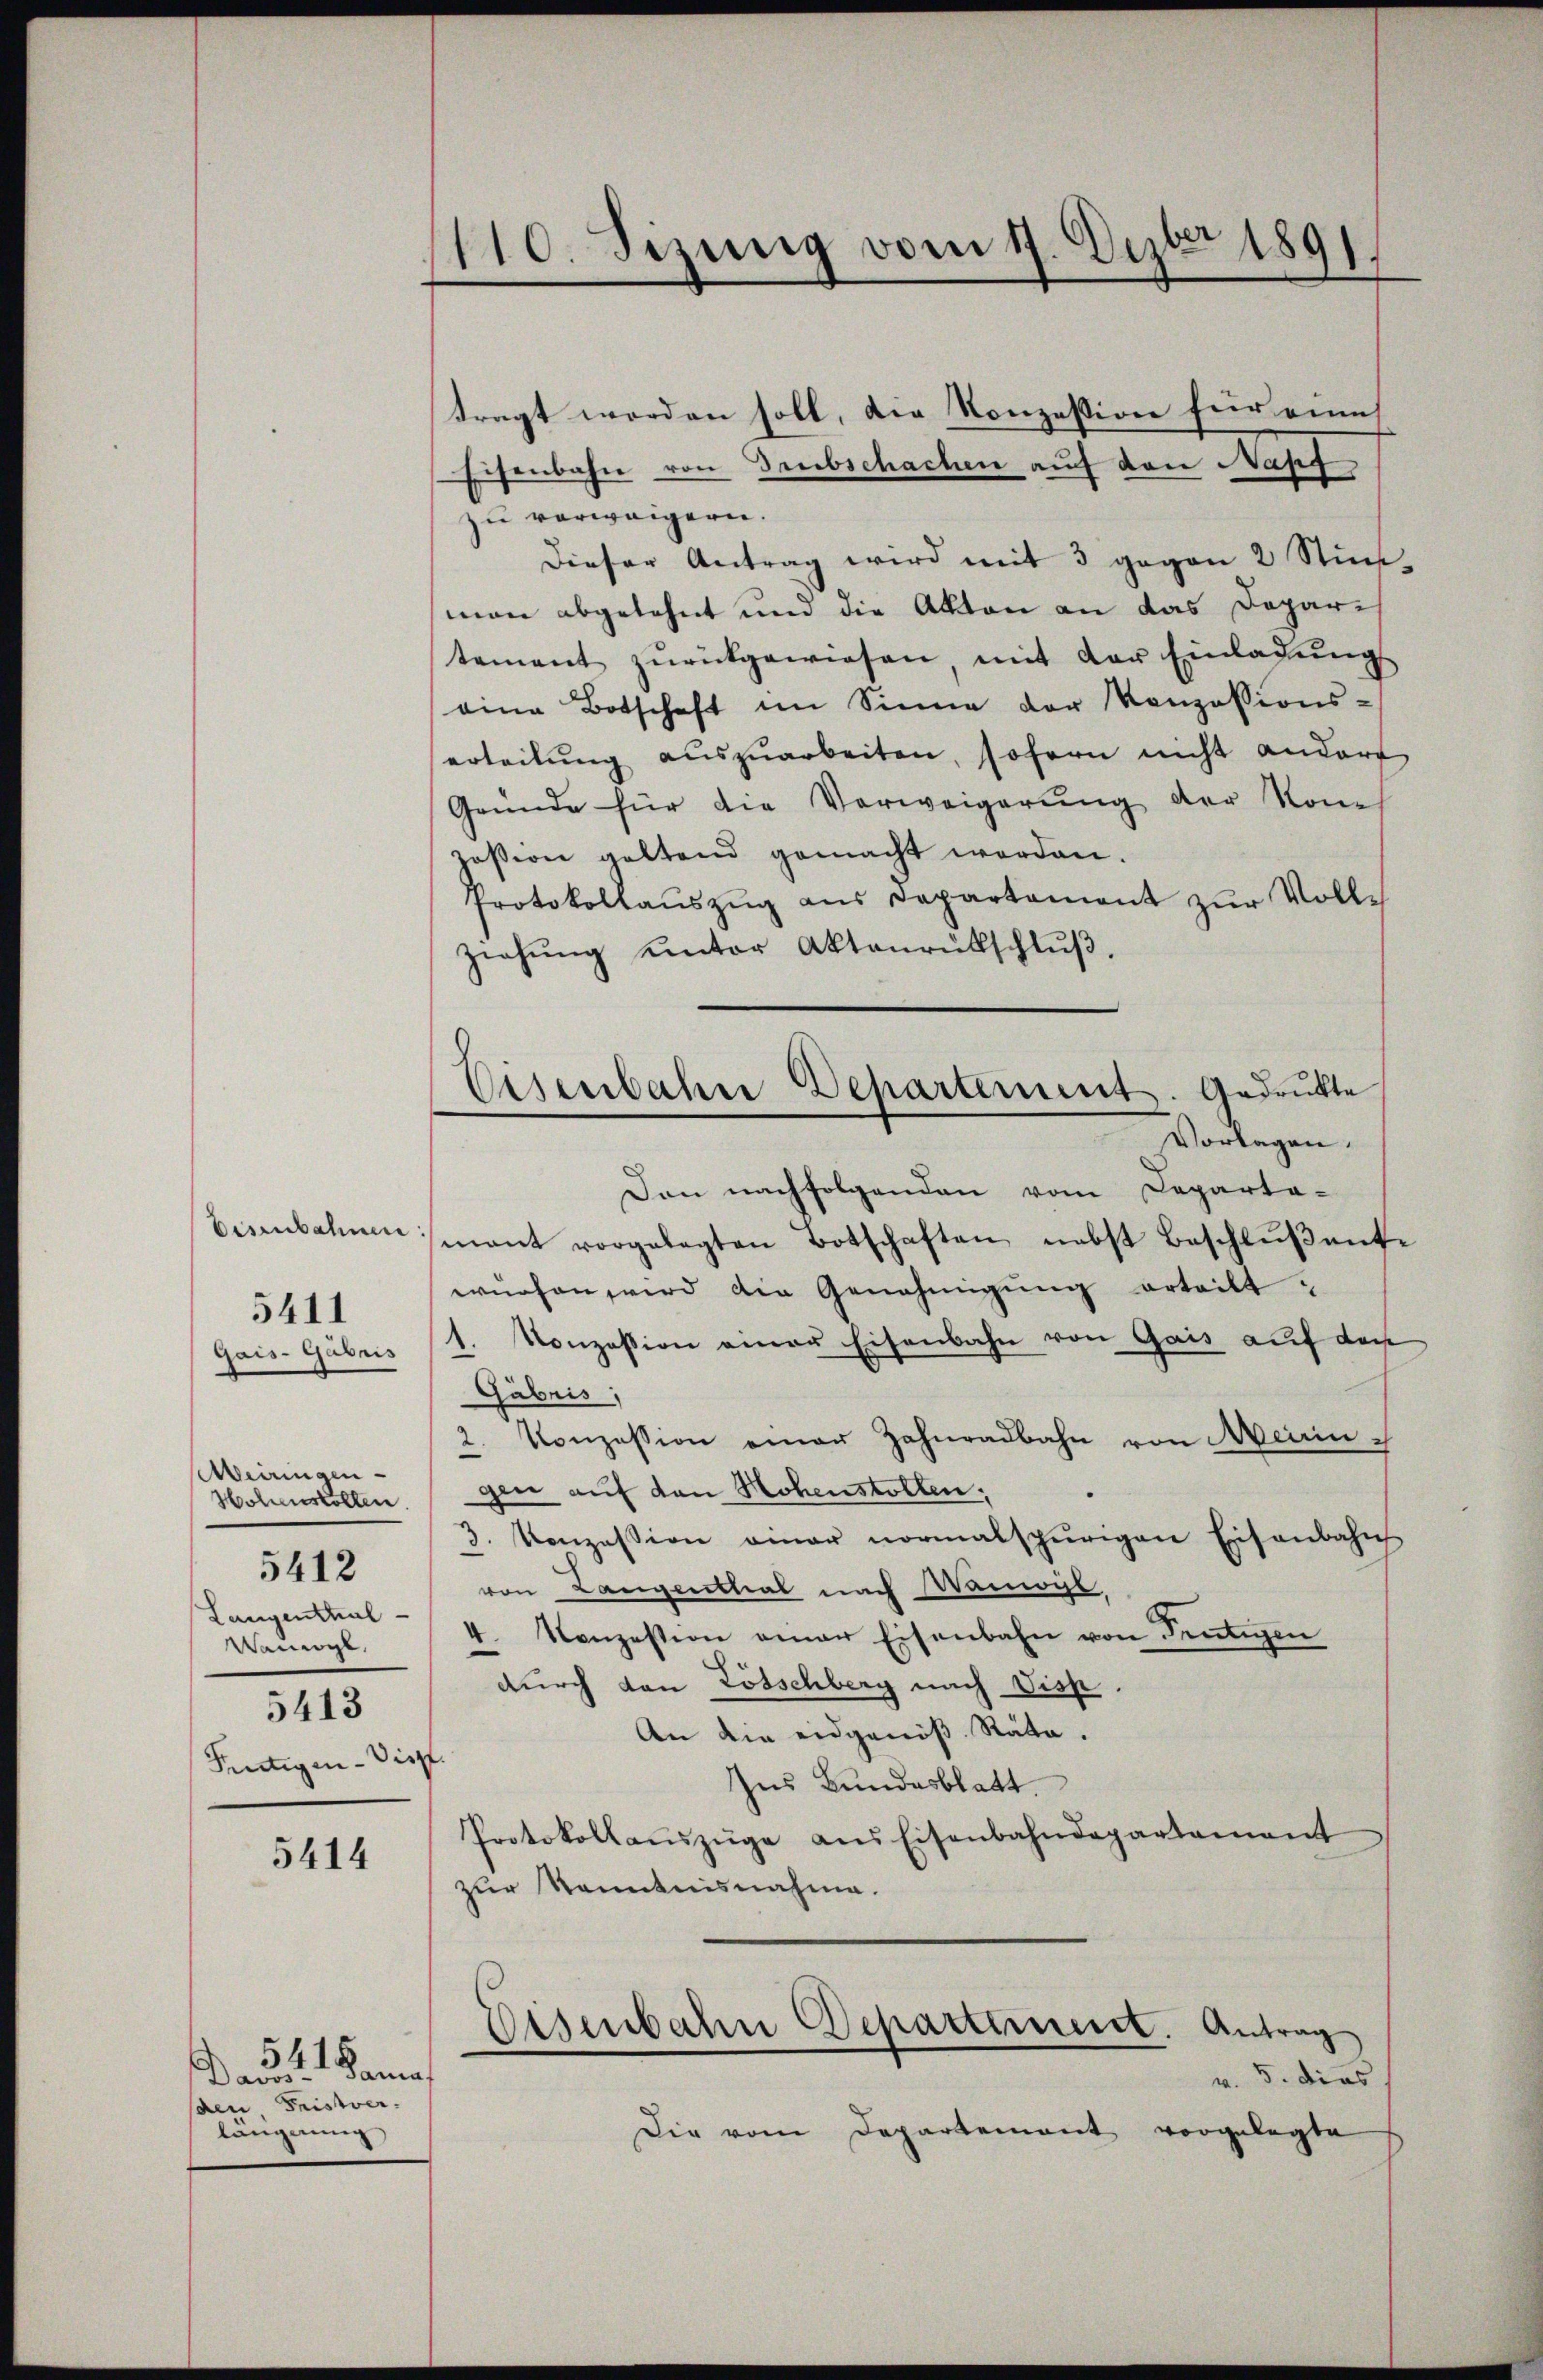
Eisenbahnen
Gais-Gubris
Meiringen-
Hohenskollen
5412
Langenthal
Wamigl
5413
Fertigen Vieh

5411

5414

541 Samna
Davos-
den Fristver-
längerung

110. Sizung vom 17. Dezbr 1891.

tragt worden soll, die Konzession für eine
Eisenbahn von Deutschachen auf den Napf
zu verweigern.
Dieser Antrag wird mit 3 gegen 2 Stück,
man abgelehnt und die Akten an das Departement zŭrückgewiesen mit der Einladŭng
eine Botschaft im Sinne der Konzessions-
erteilŭng aŭszŭarbeiten, sofern nicht andere
Gründe für die Verweigerŭng der von
zosion geltend gemacht werden.
Protokollauszug aus Departament zur Voll¬
Ziehŭng unter Aktenrütschlŭβ.
Vorlagen.
Den nachfolgenden vom Departa-
mant vorgelegten Botschaften nebst Beschlŭβente
würfen wird die Genehmigung erteilt,
1. Konzession einer Eisenbahn von Gais auf das
Gabris,
2. Konzession einer Zahnradbahn von Neiringine auf den Hohenstollen,
3. Konzession einer normalspurigen Eisenbahn
von Langenthal nach Wamogl
4. Konzession einer Eisenbahn von Frutigen
durch von Lötschberg nach Disp.
An die eidgenöß. Räte.
f
Ins Bundesblatt
Protokollauszüge aus Eisenbahndepartament
zur Kenntnisnahme.
Eisenbahn Departement. Antrag
v. 5. dies
Die vom Departement vorgelegte

Eisenbahn Departement. Gedrukte